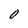
Character: O